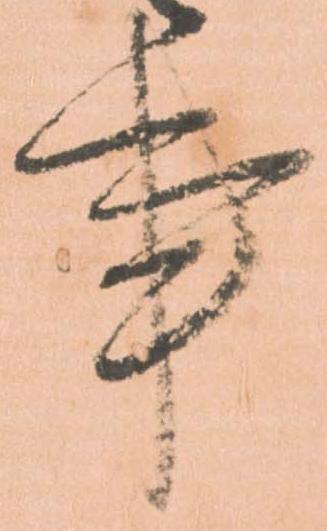
事